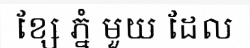
ខ្សែ ភ្នំ មួយ ដែល